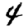
Digit: 4